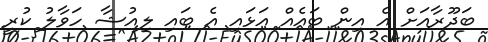
ބަދޫރާއަށް އެ އިން ބައެއް އަޅައި އެ ބައި ލިއުޝާ ހަވާލު ކުރީ